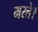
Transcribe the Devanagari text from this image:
मरते।